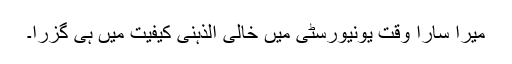
میرا سارا وقت یونیورسٹی میں خالی الذہنی کیفیت میں ہی گزرا۔